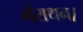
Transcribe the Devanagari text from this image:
मैराथन।